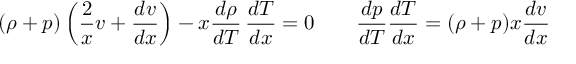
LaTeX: ( \rho + p ) \left( \frac { 2 } { x } v + \frac { d v } { d x } \right) - x \frac { d \rho } { d T } \, \frac { d T } { d x } = 0 \qquad \frac { d p } { d T } \frac { d T } { d x } = ( \rho + p ) x \frac { d v } { d x }